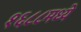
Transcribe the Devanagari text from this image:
१६८८मध्ये